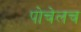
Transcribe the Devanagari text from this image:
पोचेलच